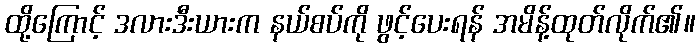
ထို့ကြောင့် ဒလားဒီးယားက နယ်စပ်ကို ဖွင့်ပေးရန် အမိန့်ထုတ်လိုက်၏။